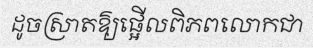
ដូចស្រាតឱ្យផ្អើលពិភពលោកជា